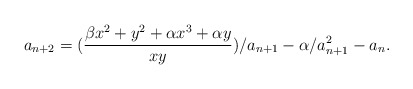
\begin{align*} a_{n+2}=(\frac{\beta x^2+y^2+\alpha x^3+\alpha y}{xy})/a_{n+1}-\alpha/a_{n+1}^2-a_n.\end{align*}